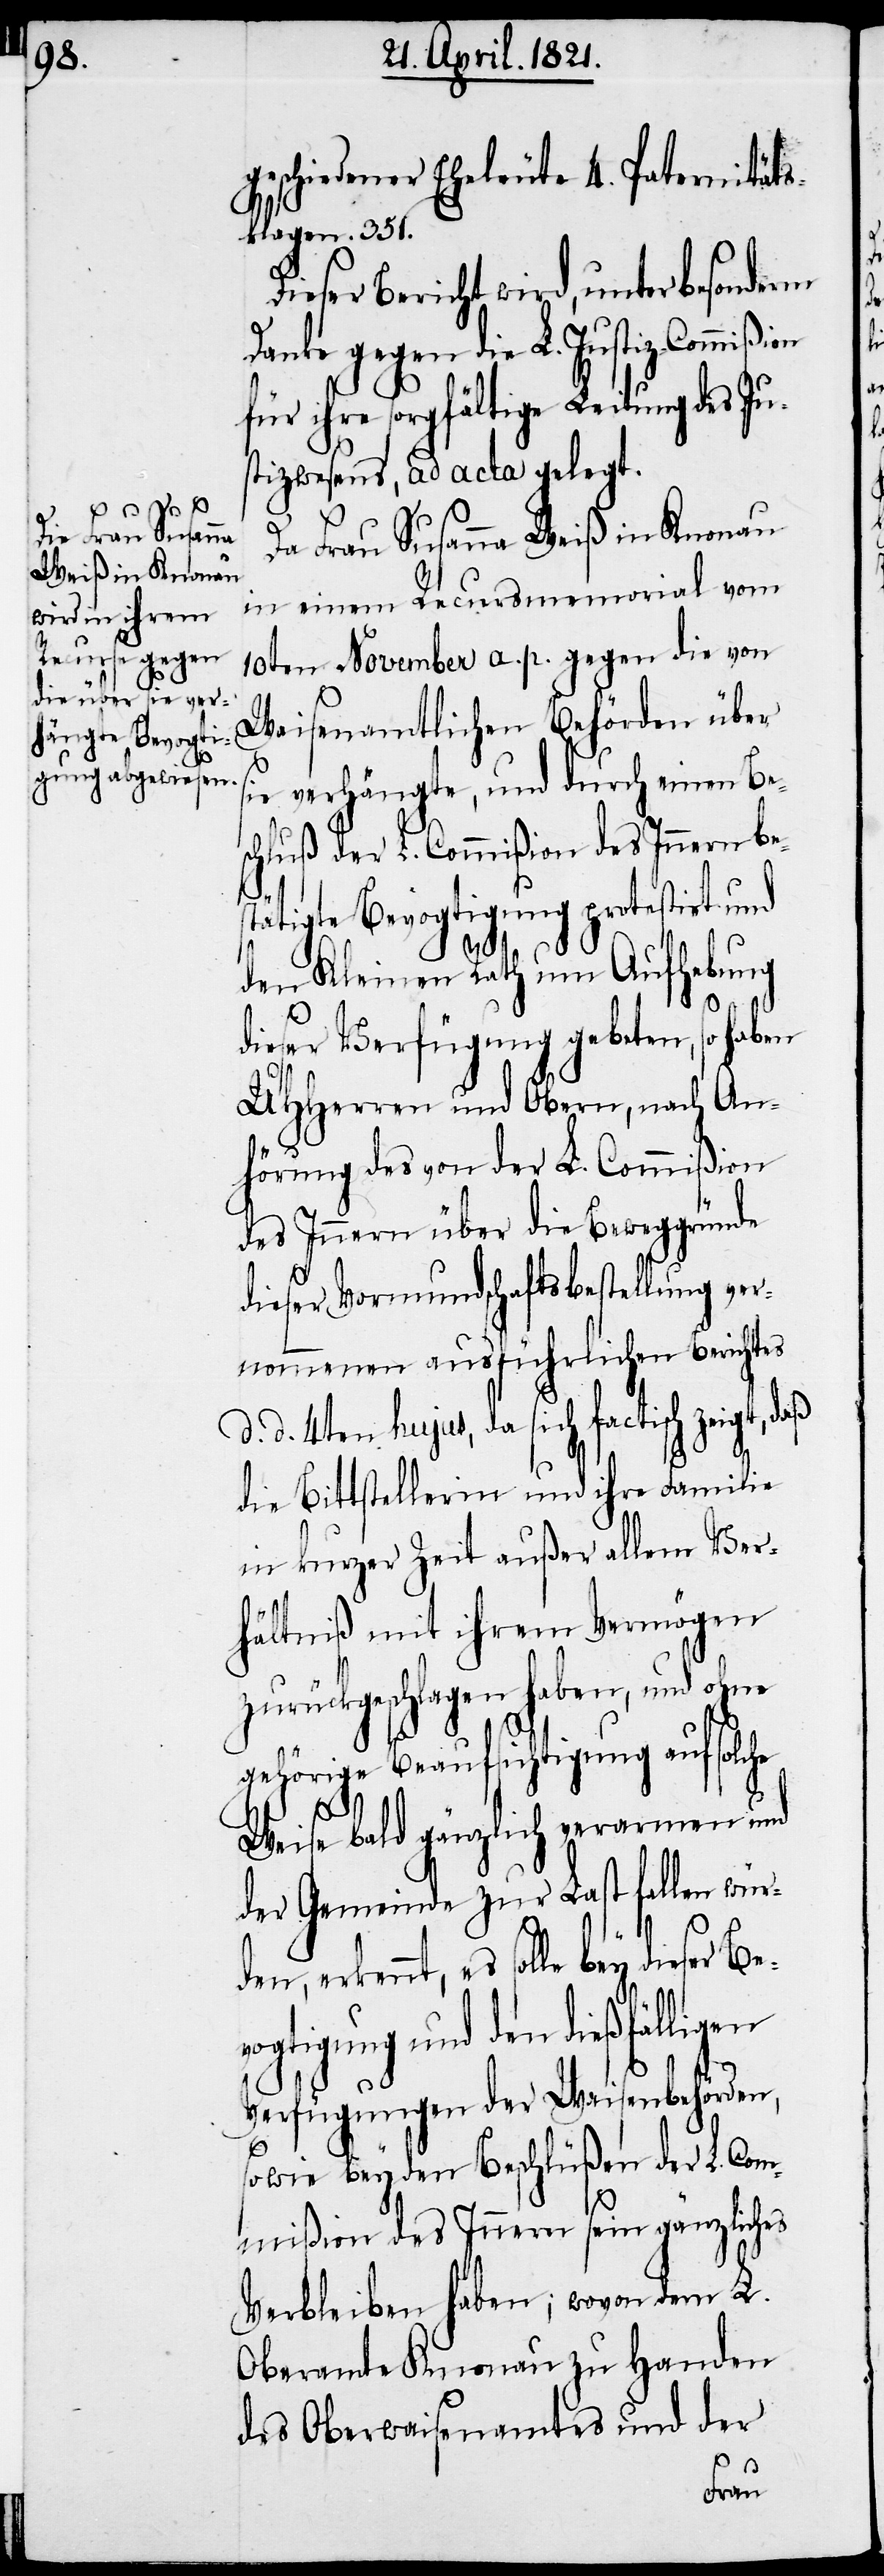
ser
Be¬

geschiedener Eheleute 4. Paternitäts¬
klagen 351.
Dieser Bericht wird, unter besonderm
Dank gegen die L. Justiz-Commi¬
für ihre sorgfältige Leitung des Ju¬
stizwesens, ad acta gelegt.
Da Frau Susanna Weiß in Knonau
in einem Recursmemorial vom
10ten November a. p. gegen die von
Waisenamtlichen Behörden über
sie verhängte, und durch einen Be¬
schluß der L. Commißion des Innern be¬
stätigte Bevogtigung protestirt und
ßion
den Kleinen Rath um Aufhebung
dieser Verfügung gebeten, so haben
UHHerren und Obern, nach An¬
hörung des von der L. Commißion
des Innern über die Beweggründe
dieser Vormundschaftsbestellung ver¬
nommenen ausführlichen Berichts
d. d. 4ten hujus, da sich factisch zeigt,
die Bittstellerin und ihre Familie
in kurzer Zeit außer allem Ver¬
hältniß mit ihrem Vermögen
zurückgeschlagen haben, und ohne
gehörige Beaufsichtigung auf solche
Weise bald gänzlich verarmen und
der Gemeinde zur Last fallen wür¬
den, erkennt, es solle bey die¬
vogtigung und den dießfälligen
Verfügungen der Waisenbehörden,
sowie bey den Beschlüßen der L. Com¬
mißion des Innern sein gänzliches
Verbleiben haben; wovon dem L.
Oberamte Knonau zu Handen
des Oberwaisenamtes und der